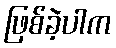
ဖြစ်ခဲ့ပါက